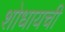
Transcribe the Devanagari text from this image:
शोधायची